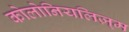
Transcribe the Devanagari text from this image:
कोलोनियलिज़्म